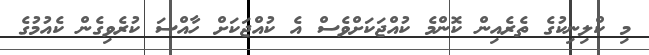
މި ކްލިނިކުގެ ތެރެއިން ކޮންމެ ކުއްޖަކަށްވެސް އެ ކުއްޖަކަށް ހާއްސަ ކުރެވިގެން ކެއުމުގެ